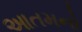
આતમનો